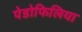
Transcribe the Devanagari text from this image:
पेडोफिलिया